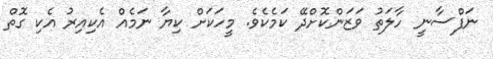
ނަފްސާނީ ހާލަތު ވަޒަންކޮށްދޭ ކަމެކެވެ. މީހަކަށް ކިޔާ ނަމެއް އެކިއިރު އެކި ގޮތް